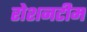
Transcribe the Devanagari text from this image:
रोशनटीम